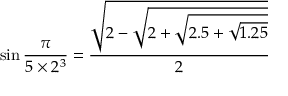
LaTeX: \sin { \frac { \pi } { 5 \times 2 ^ { 3 } } } = { \frac { \sqrt { 2 - { \sqrt { 2 + { \sqrt { 2 . 5 + { \sqrt { 1 . 2 5 } } } } } } } } { 2 } }